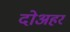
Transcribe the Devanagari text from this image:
दोअहर